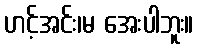
ဟင့်အင်း၊မ အေးပါဘူး။